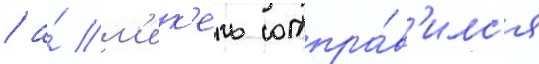
/ а́ м'ек'ель отпра́в'илс'я